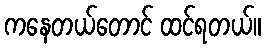
ကနေတယ်တောင် ထင်ရတယ်။